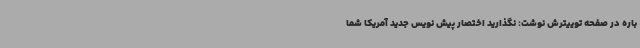
باره در صفحه توییترش نوشت: نگذارید اختصار پیش نویس جدید آمریکا شما